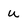
Character: u